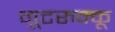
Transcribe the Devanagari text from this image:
नूटरुक्कू